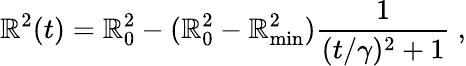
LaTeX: \mathbb{R}^{2}(t)=\mathbb{R}_{0}^{2}-(\mathbb{R}_{0}^{2}-\mathbb{R}_{\mathrm{{min}}}^{2})\frac{{1}}{{(t/\gamma)^{2}+1}}~,